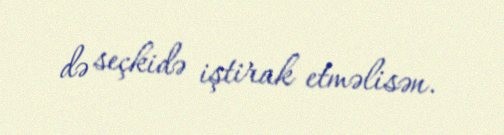
də seçkidə iştirak etməlisən.